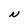
Character: N